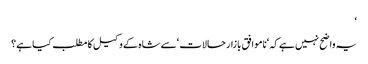
‘
یہ واضح نہیں ہے کہ ‘ناموافق بازار حالات ‘سے شاہ کے وکیل کا مطلب کیا ہے؟